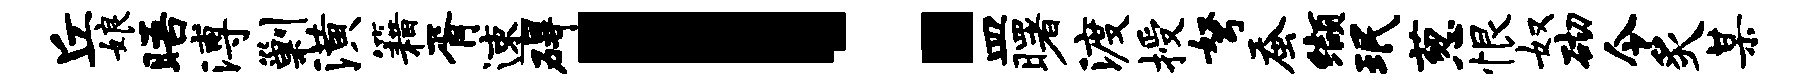
丘娘晤溥剿潢籍胥速碍！皿曙渡授弩蚕缬珉葱恨奴砌令炙某